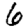
Digit: 6